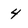
Character: 4